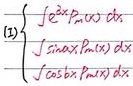
(1)
\[
\begin{cases}
\int e^{\lambda x}P_{n}(x)\mathrm{d}x \\
\int \sin\lambda xP_{n}(x)\mathrm{d}x \\
\int \cos\lambda xP_{n}(x)\mathrm{d}x
\end{cases}
\]